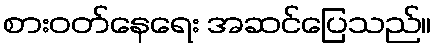
စားဝတ်နေရေး အဆင်ပြေသည်။